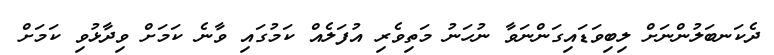
ދެކަނބަލުންނަށް ލިބިވަޑައިގަންނަވާ ނުހަނު މަތިވެރި އުފަލެއް ކަމުގައި ވާނެ ކަމަށް ވިދާޅުވި ކަމަށް